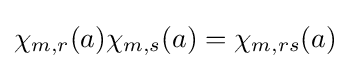
\chi _{m,r}(a)\chi _{m,s}(a)=\chi _{m,rs}(a)\;